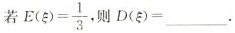
若$$E(\xi)= \frac{1}{3}$$,则$$D(\xi)=___$$.